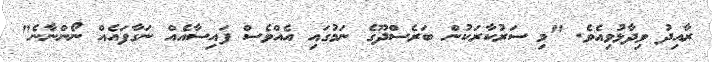
ރާއިދު ވިދާޅުވިއެވެ. "މި ސަރުކާރަކުން ބަރެސްދޫގެ ނަމުގައި އެއްވެސް ފައިސާއެއް ނަގާފައެއް ނޯންނާނެ"